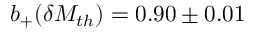
b _ { + } ( \delta M _ { t h } ) = 0 . 9 0 \pm 0 . 0 1